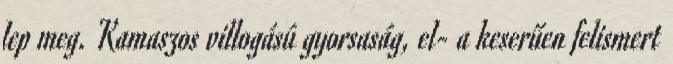
lep meg. Kamaszos villogású gyorsaság, el- a keserűen felismert